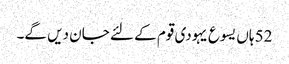
52 ہاں یسوع یہودی قوم کے لئے جان دیں گے۔